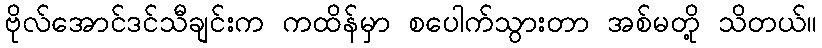
ဗိုလ်အောင်ဒင်သီချင်းက ကထိန်မှာ စပေါက်သွားတာ အစ်မတို့ သိတယ်။